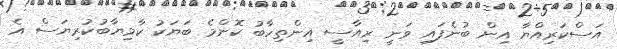
އަސްކަރިއްޔާ އިން ބުނެފައި ވަނީ ރިއާސީ އިންތިހާބު ކޮންމެ ބަޔަކު ކާމިޔާބުކުރިޔަސް އެ